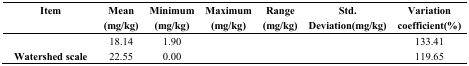
<table><thead><tr><td><b>Item</b></td><td><b>Mean (mg/kg)</b></td><td><b>Minimum (mg/kg)</b></td><td><b>Maximum (mg/kg)</b></td><td><b>Range (mg/kg)</b></td><td><b>Std. Deviation(mg/kg)</b></td><td><b>Variation coefficient(%)</b></td></tr></thead><tbody><tr><td>[EMPTY_CELL]</td><td>18.14</td><td>1.90</td><td>[EMPTY_CELL]</td><td>[EMPTY_CELL]</td><td>[EMPTY_CELL]</td><td>133.41</td></tr><tr><td><b>Watershed scale</b></td><td>22.55</td><td>0.00</td><td>[EMPTY_CELL]</td><td>[EMPTY_CELL]</td><td>[EMPTY_CELL]</td><td>119.65</td></tr></tbody></table>